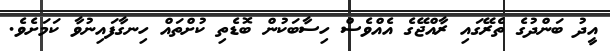
އީދު ބަންދުގެ ތެރޭގައި ރާއްޖޭގެ އެއްވެސް ހިސާބަކުން ބޮޑެތި ކުށްތައް ހިނގާފައިނުވާ ކަމަށެވެ.